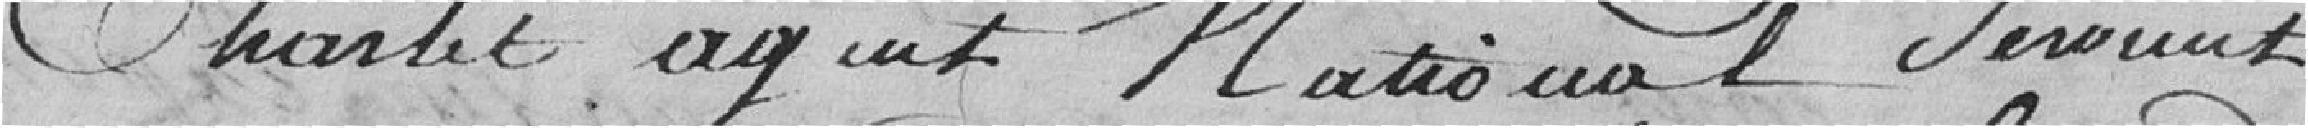
Charlet agent national, seraient